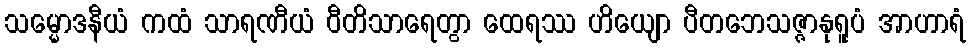
သမ္မောဒနီယံ ကထံ သာရဏီယံ ဝီတိသာရေတွာ ထေရဿ ဟိယျော ပီတဘေသဇ္ဇာနုရူပံ အာဟာရံ